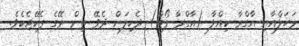
މަހަލްއާއި އާގްރާ ކިއްލާ (އާގްރާ ފޯޓް) ދެކިލަން ދެވޭ ތިން ރޭގެ ޕެކޭޖެކެވެ.